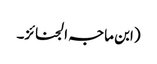
(ابن ماجہ الجنائز۔